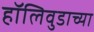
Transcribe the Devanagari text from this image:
हॉलिवुडाच्या